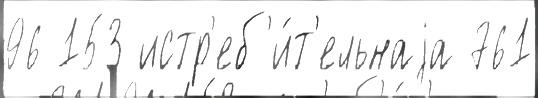
96 153 истр'еб'и́т'ельнаjа 761